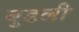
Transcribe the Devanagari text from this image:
बुडली